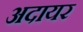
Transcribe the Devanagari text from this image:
अदायर